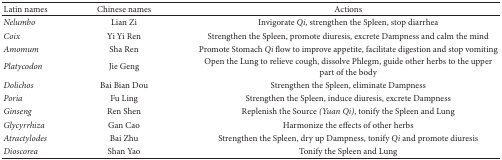
<table><thead><tr><td><b> Latin names</b></td><td><b>Chinese names</b></td><td><b> Actions</b></td></tr></thead><tbody><tr><td><i>Nelumbo</i></td><td>Lian Zi</td><td>Invigorate <i>Qi</i>, strengthen the Spleen, stop diarrhea</td></tr><tr><td><i>Coix</i></td><td>Yi Yi Ren</td><td>Strengthen the Spleen, promote diuresis, excrete Dampness and calm the mind</td></tr><tr><td><i>Amomum</i></td><td>Sha Ren</td><td>Promote Stomach <i>Qi </i>flow to improve appetite, facilitate digestion and stop vomiting</td></tr><tr><td><i>Platycodon</i></td><td>Jie Geng</td><td>Open the Lung to relieve cough, dissolve Phlegm, guide other herbs to the upper part of the body</td></tr><tr><td><i>Dolichos</i></td><td>Bai Bian Dou</td><td>Strengthen the Spleen, eliminate Dampness</td></tr><tr><td><i>Poria</i></td><td>Fu Ling</td><td>Strengthen the Spleen, induce diuresis, excrete Dampness</td></tr><tr><td><i>Ginseng</i></td><td>Ren Shen</td><td>Replenish the Source <i>(Yuan Qi)</i>, tonify the Spleen and Lung</td></tr><tr><td><i>Glycyrrhiza</i></td><td>Gan Cao</td><td>Harmonize the effects of other herbs</td></tr><tr><td><i>Atractylodes</i></td><td>Bai Zhu</td><td>Strengthen the Spleen, dry up Dampness, tonify <i>Qi </i>and promote diuresis</td></tr><tr><td><i>Dioscorea</i></td><td>Shan Yao</td><td>Tonify the Spleen and Lung</td></tr></tbody></table>